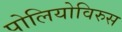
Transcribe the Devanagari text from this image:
पोलियोविरुस